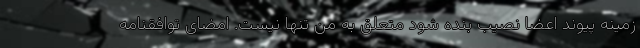
زمینه پیوند اعضا نصیب بنده شود متعلق به من تنها نیست. امضای توافقنامه